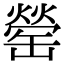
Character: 罃